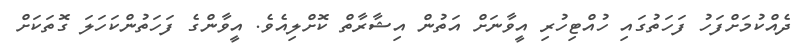
ދެއްކުމަށްފަހު ފަހަތުގައި ހުއްޓިހުރި އީވާނަށް އަތުން އިޝާރާތް ކޮށްލިއެވެ. އީވާންގެ ފަހަތުންކަހަލަ ގޮތަކަށް